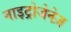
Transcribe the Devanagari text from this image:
नाइट्रोजेनेज़